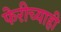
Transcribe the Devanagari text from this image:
फेरीच्याही